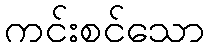
ကင်းစင်သော